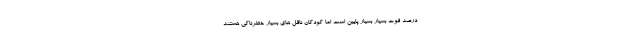
درصد فوت بسیار بسیار پایین است اما کودکان ناقل های بسیار خطرناکی هستند